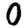
Digit: 0